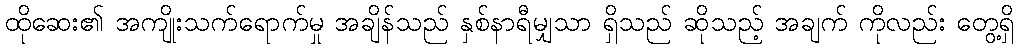
ထိုဆေး၏ အကျိုးသက်ရောက်မှု အချိန်သည် နှစ်နာရီမျှသာ ရှိသည် ဆိုသည့် အချက် ကိုလည်း တွေ့ရှိ